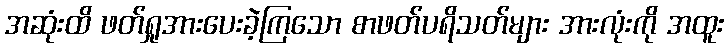
အဆုံးထိ ဖတ်ရှုအားပေးခဲ့ကြသော စာဖတ်ပရိသတ်များ အားလုံးကို အထူး